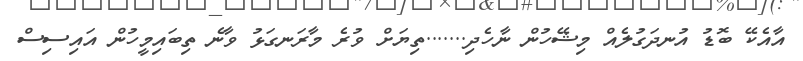
އާއެކޭ ބޮޑު އުނދަގުލެއް މިޝޭހުން ނާހެދި.......ތިޔަށް ވުރެ މާރަނގަޅު ވާނެ ތިބައިމީހުން އައިސިސް